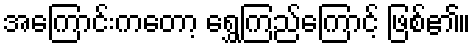
အကြောင်းကတော့ ရွှေကြည်ကြောင့် ဖြစ်၏။